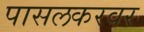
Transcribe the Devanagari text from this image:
पासलकरवर